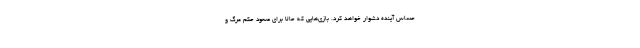
حساس آینده دشوار خواهد کرد. بازی‌هایی که حالا برای صعود حکم مرگ و